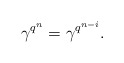
\begin{align*} \gamma^{q^n}=\gamma^{q^{n-i}}. \end{align*}